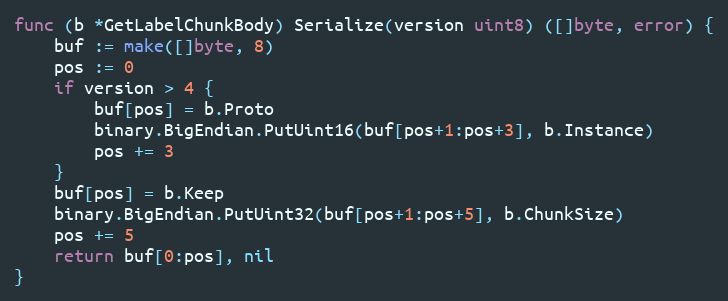
Language: Go
func (b *GetLabelChunkBody) Serialize(version uint8) ([]byte, error) {
	buf := make([]byte, 8)
	pos := 0
	if version > 4 {
		buf[pos] = b.Proto
		binary.BigEndian.PutUint16(buf[pos+1:pos+3], b.Instance)
		pos += 3
	}
	buf[pos] = b.Keep
	binary.BigEndian.PutUint32(buf[pos+1:pos+5], b.ChunkSize)
	pos += 5
	return buf[0:pos], nil
}